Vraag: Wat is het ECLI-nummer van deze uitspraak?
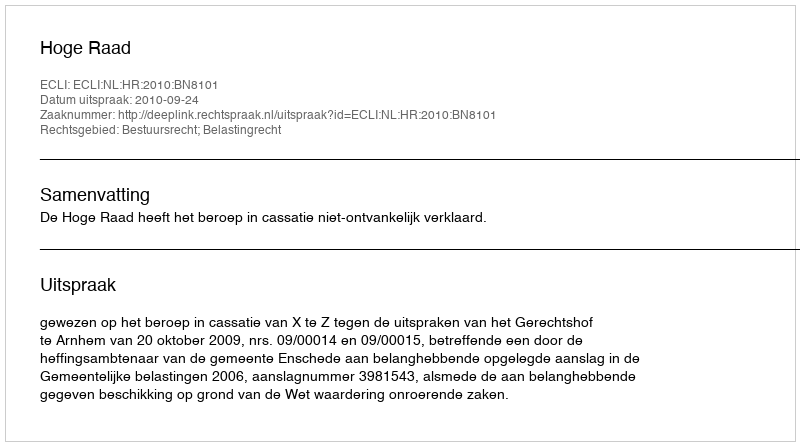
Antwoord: ECLI:NL:HR:2010:BN8101